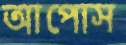
আপোস